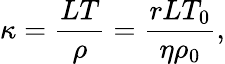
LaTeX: \kappa=\frac{{LT}}{\rho}=\frac{{rL{T_{0}}}}{{\eta{\rho_{0}}}},